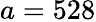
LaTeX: a=528